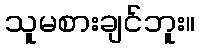
သူမစားချင်ဘူး။